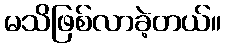
မသိဖြစ်လာခဲ့တယ်။